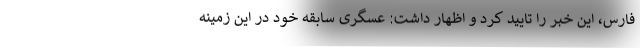
فارس، این خبر را تایید کرد و اظهار داشت: عسگری سابقه خود در این زمینه